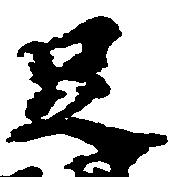
足